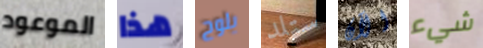
الموعود هذا يلوح ستلد الآن شيء